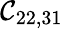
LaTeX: \mathcal{C}_{22,31}